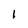
Character: l